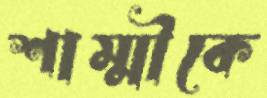
শাম্মীকে